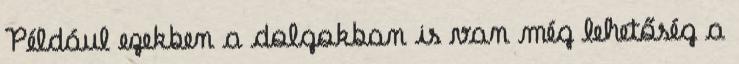
Például ezekben a dolgokban is van még lehetőség a